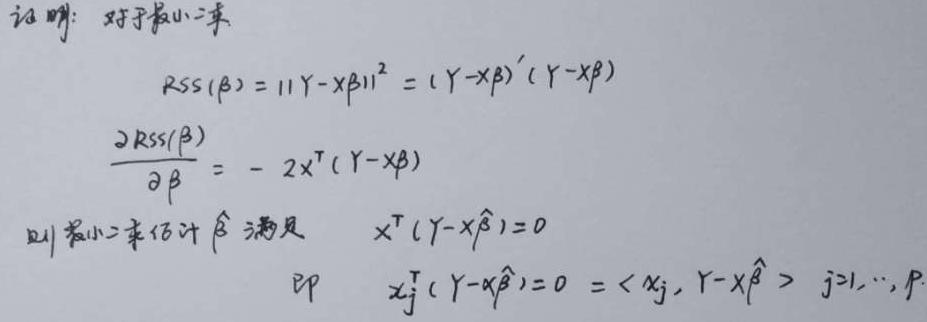
证明：对于最小二乘
\[
\begin{align*}
RSS(\beta)&=\|Y - X\beta\|^2=(Y - X\beta)'(Y - X\beta)\\
\frac{\partial RSS(\beta)}{\partial\beta}&=-2X^T(Y - X\beta)
\end{align*}
\]
则最小二乘估计 $\hat{\beta}$ 满足 $X^T(Y - X\hat{\beta}) = 0$
即 $x_j^T(Y - X\hat{\beta}) = 0=\langle x_j,Y - X\hat{\beta}\rangle\ j = 1,\cdots,p$